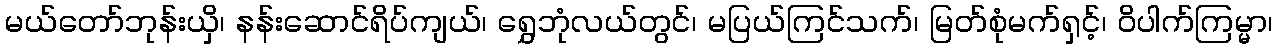
မယ်တော်ဘုန်းယှိ၊ နန်းဆောင်ရိပ်ကျယ်၊ ရွှေဘုံလယ်တွင်၊ မပြယ်ကြင်သက်၊ မြတ်စုံမက်ရှင့်၊ ဝိပါက်ကြမ္မာ၊